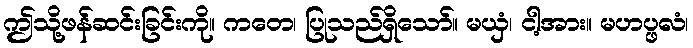
ဤသို့ဖန်ဆင်းခြင်းကို။ ကတေ၊ ပြုသည်ရှိသော်။ မယှံ၊ ငါ့အား။ မဟပ္ဖလံ၊